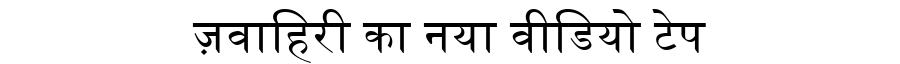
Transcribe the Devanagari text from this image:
ज़वाहिरी का नया वीडियो टेप